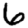
Digit: 6